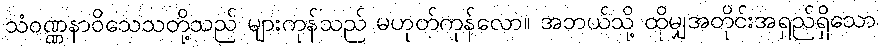
သံဝဏ္ဏနာဝိသေသတို့သည် များကုန်သည် မဟုတ်ကုန်လော။ အဘယ်သို့ ထိုမျှအတိုင်းအရှည်ရှိသော